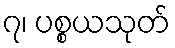
၇၊ ပစ္စယသုတ်